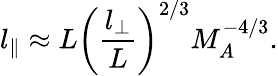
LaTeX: l_{\| }\approx L\left(\frac{l_{\bot}}{L}\right)^{2/3}M_{A}^{-4/3}.